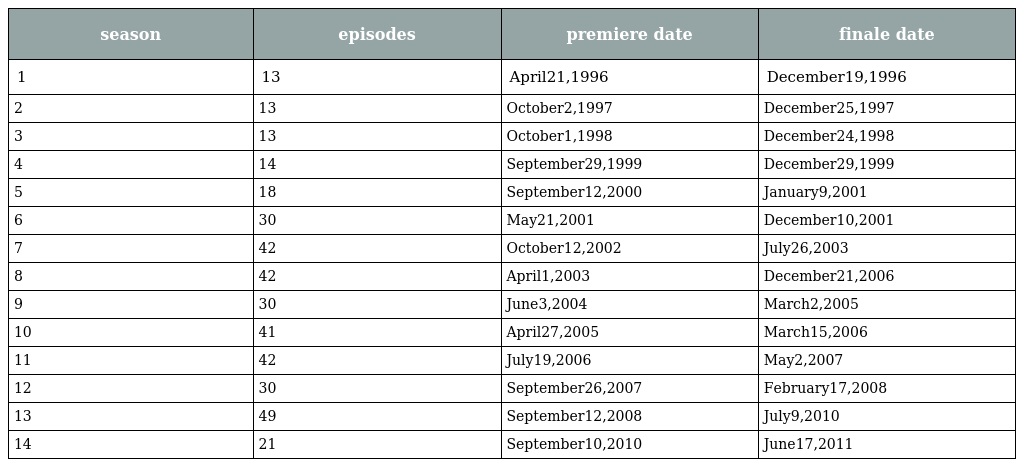
| season | episodes | premiere date | finale date |
 | --- | --- | --- | --- |
 | 1 | 13 | April21,1996 | December19,1996 |
 | 2 | 13 | October2,1997 | December25,1997 |
 | 3 | 13 | October1,1998 | December24,1998 |
 | 4 | 14 | September29,1999 | December29,1999 |
 | 5 | 18 | September12,2000 | January9,2001 |
 | 6 | 30 | May21,2001 | December10,2001 |
 | 7 | 42 | October12,2002 | July26,2003 |
 | 8 | 42 | April1,2003 | December21,2006 |
 | 9 | 30 | June3,2004 | March2,2005 |
 | 10 | 41 | April27,2005 | March15,2006 |
 | 11 | 42 | July19,2006 | May2,2007 |
 | 12 | 30 | September26,2007 | February17,2008 |
 | 13 | 49 | September12,2008 | July9,2010 |
 | 14 | 21 | September10,2010 | June17,2011 |